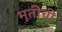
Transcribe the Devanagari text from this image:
मूतीची